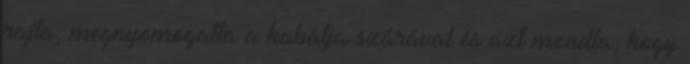
rajta, megnyomogatta a kabátja szárával és azt mondta, hogy